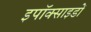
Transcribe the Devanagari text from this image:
इपॉक्साइडों